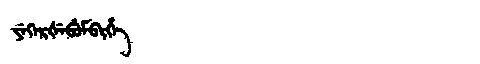
Manchu: ᠶᡝᡴᡝᡵᡧᡝᠪᡠᠮᠪᡳᡥᡝ
Romanization: YEKERŠEBUMBIHE